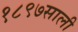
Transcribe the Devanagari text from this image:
१८९७साली